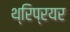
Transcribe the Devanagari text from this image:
थ्रिप्रयर